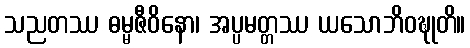
သညတဿ ဓမ္မဇီဝိနော၊ အပ္ပမတ္တဿ ယသောဘိဝဍ္ဎုတိ။